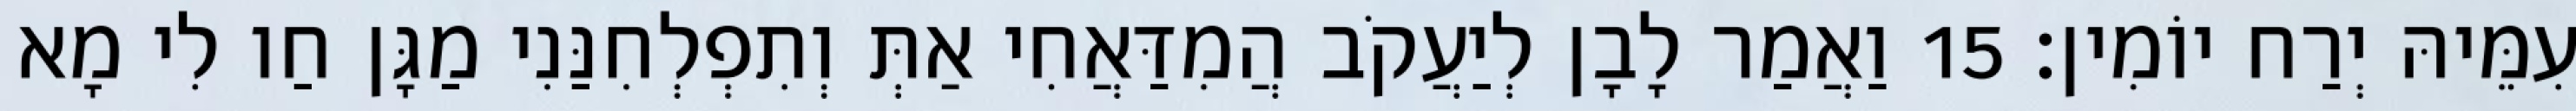
עִמֵּיהּ יְרַח יוֹמִין׃ 15 וַאֲמַר לָבָן לְיַעֲקֹב הֲמִדַּאֲחִי אַתְּ וְתִפְלְחִנַּנִי מַגָּן חַו לִי מָא